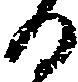
る